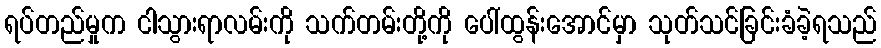
ရပ်တည်မှုက ငါသွားရာလမ်းကို သက်တမ်းတို့ကို ပေါ်ထွန်းအောင်မှာ သုတ်သင်ခြင်းခံခဲ့ရသည်